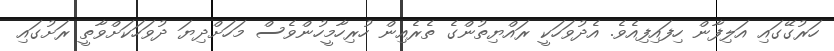
ހަރުގޭގައި އަލިފާން ހިފައިފިއެވެ. އެދުވަހަކީ ރައްޔިތުންގެ ތެރެއިން ހުރިހާމީހުންވެސް މަހަށްދިޔަ ދުވަހަކަށްވާތީ ރަށުގައި